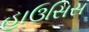
હાઉસિસ